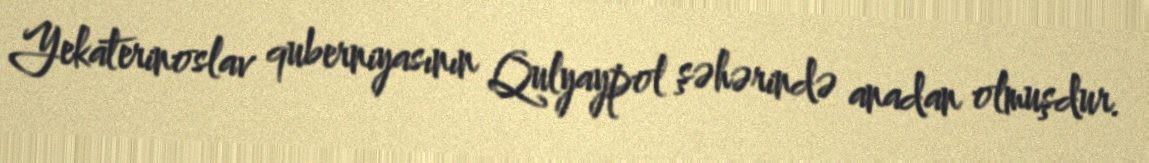
Yekaterinoslav quberniyasının Qulyaypol şəhərində anadan olmuşdur.